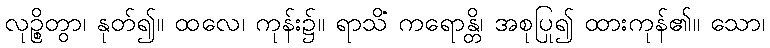
လုဉ္စိတွာ၊ နုတ်၍။ ထလေ၊ ကုန်း၌။ ရာသိံ ကရောန္တိ၊ အစုပြု၍ ထားကုန်၏။ သော၊